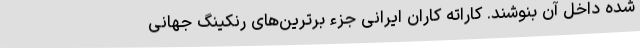
شده داخل آن بنوشند. کاراته کاران ایرانی جزء برترین‌های رنکینگ جهانی